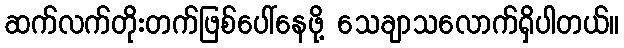
ဆက်လက်တိုးတက်ဖြစ်ပေါ်နေဖို့ သေချာသလောက်ရှိပါတယ်။